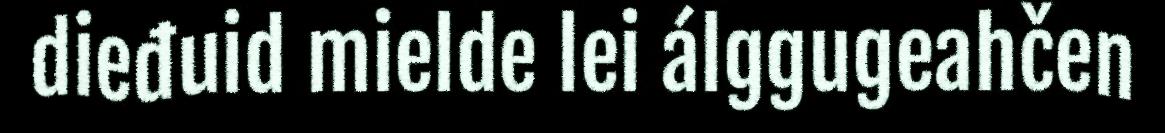
dieđuid mielde lei álggugeahčen